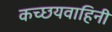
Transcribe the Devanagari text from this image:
कच्छयवाहिनी